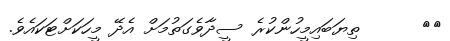
٢٨      ތިޔަބައިމީހުންކުރެ ސީދާވެގަތުމަށް އެދޭ މީހަކަށްޓަކައެވެ.